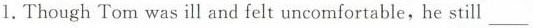
l. Though Tom was ill and felt uncomfortable, he still ___